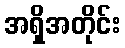
အရှိအတိုင်း